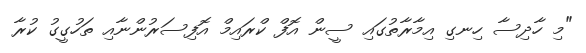
"މި ހާދިސާ ހިނގި އިމާރާތުގައި ސީން އޮފް ކްރައިމް އޮފިސަރުންނާއި ތަހުގީގު ކުރާ